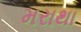
મરાથા